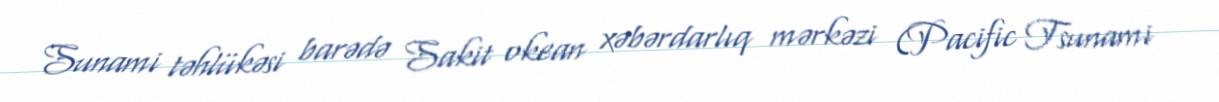
Sunami təhlükəsi barədə Sakit okean xəbərdarlıq mərkəzi (Pacific Tsunami